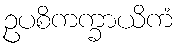
ဥပစိကက္ခာယိကံ